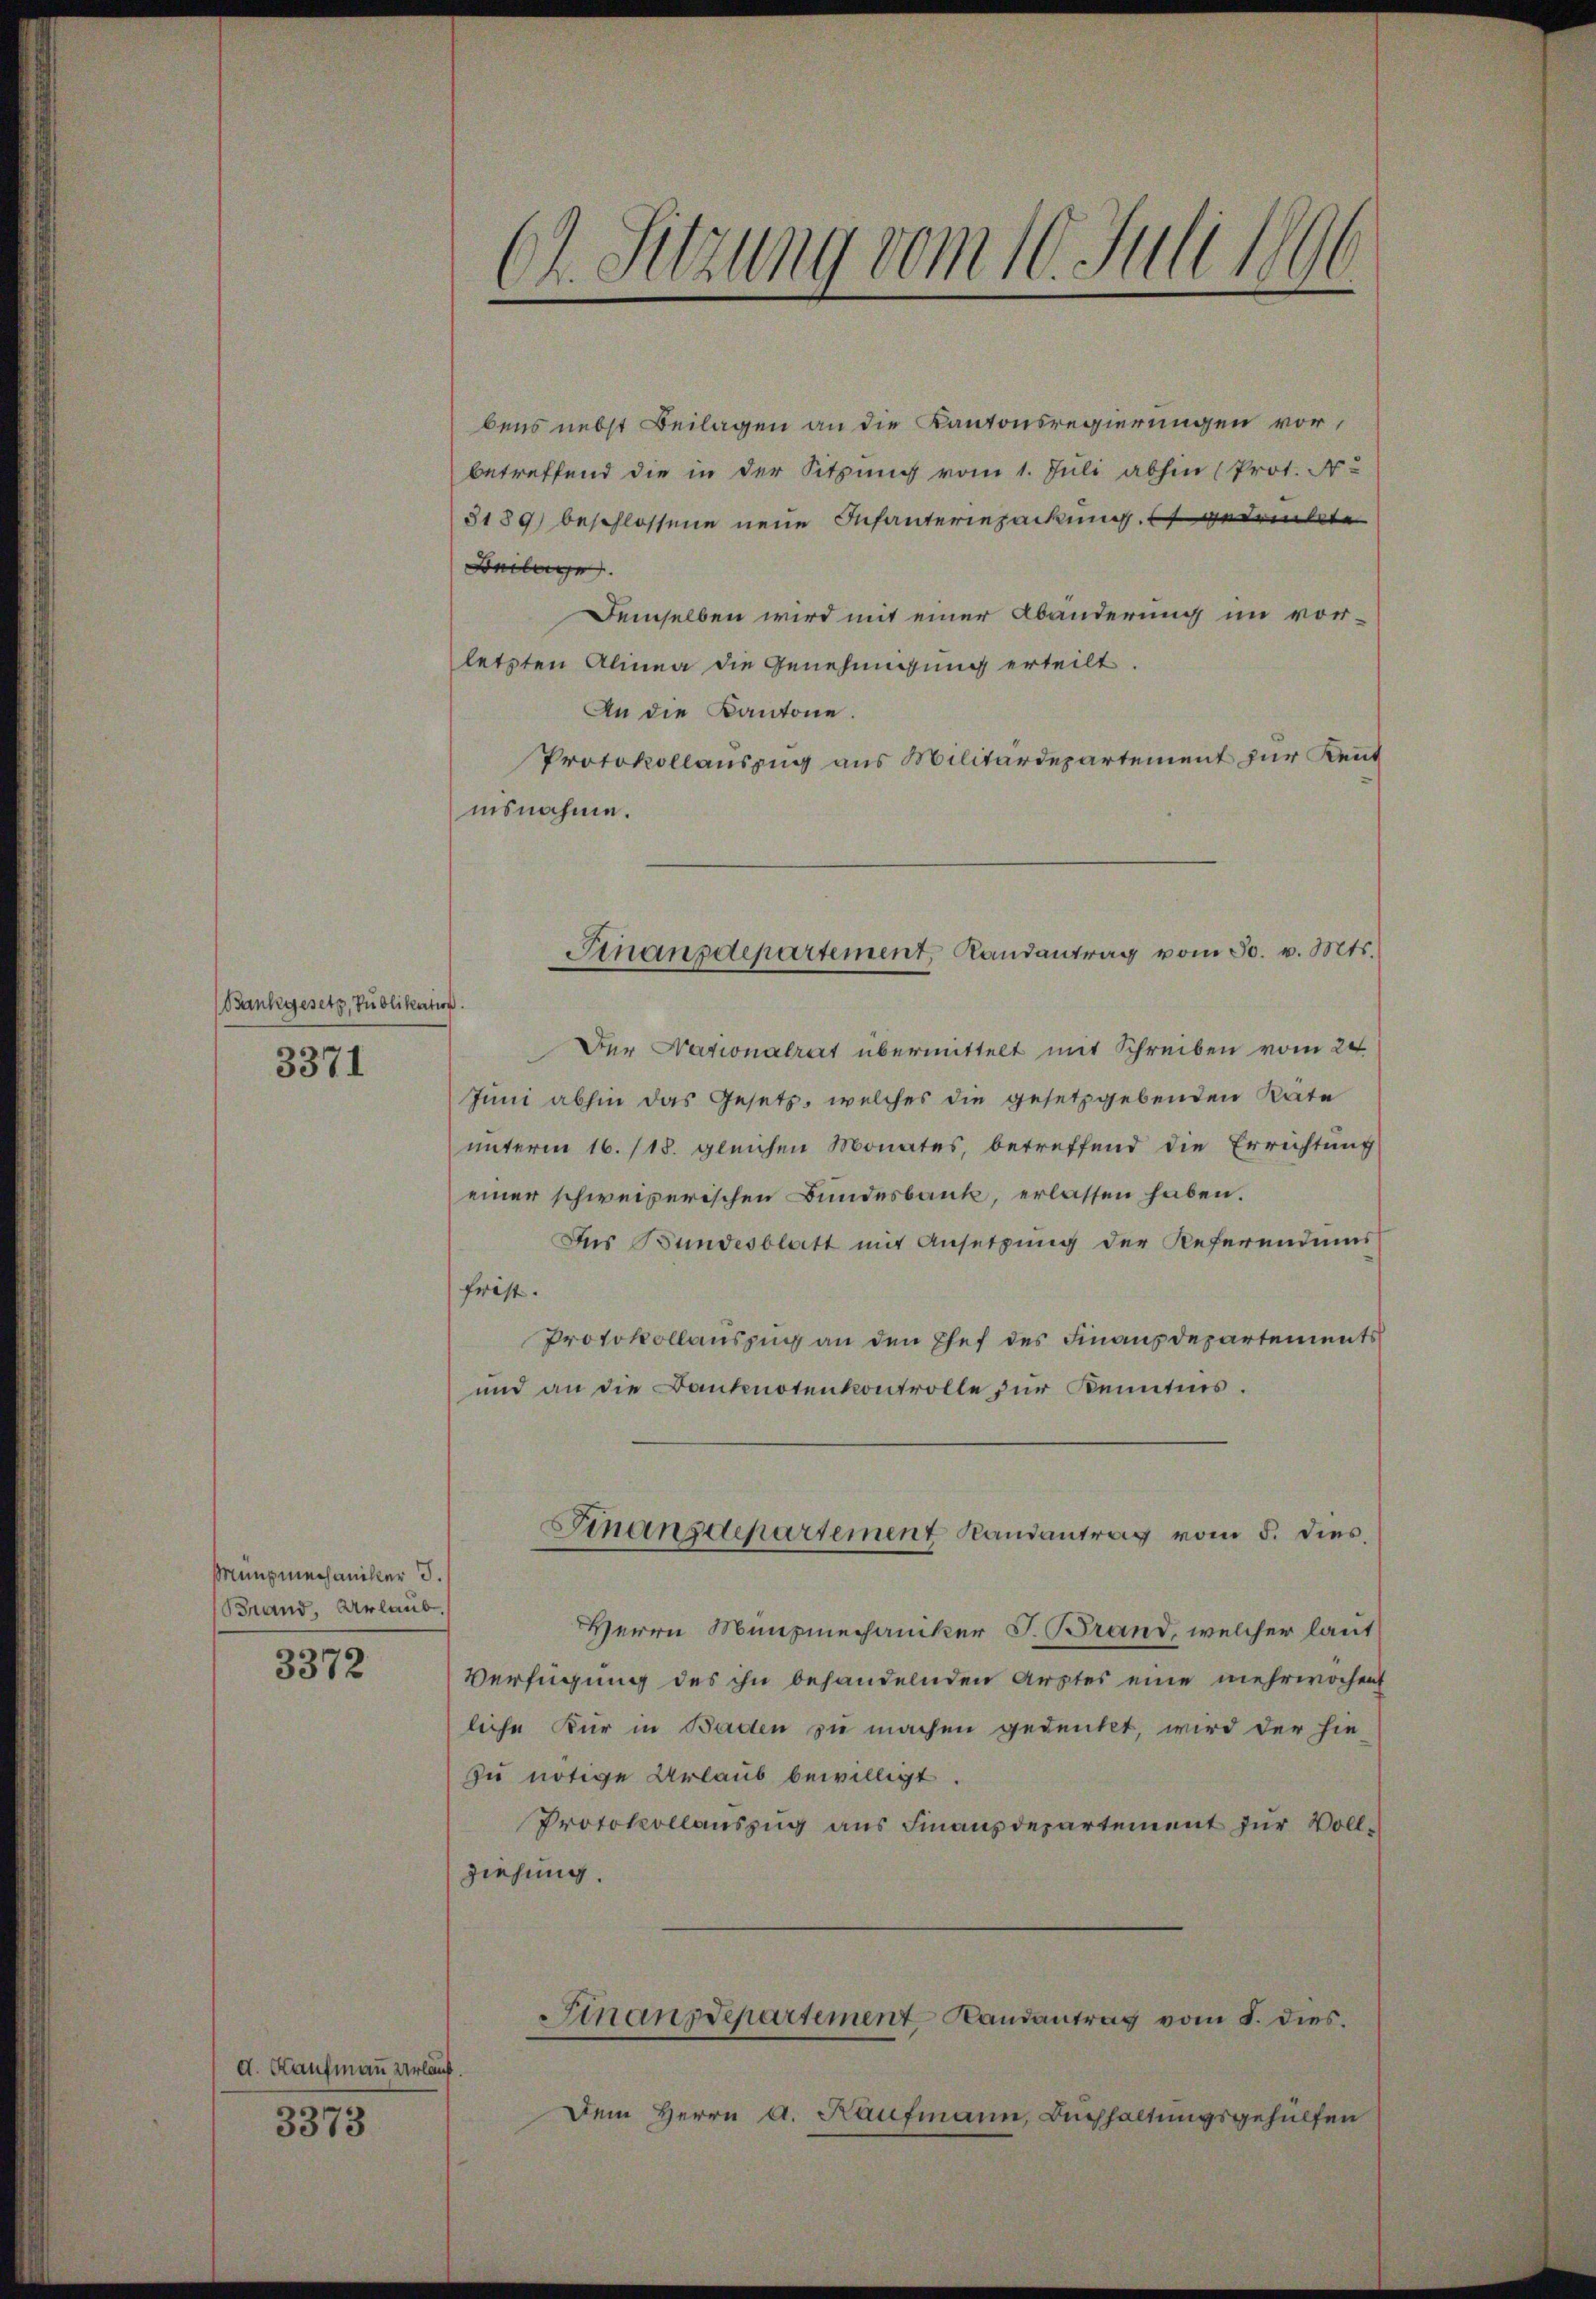
Bankgesetz, Publikati
3371

Münsmechaniker 3.
Brand, Urlaub.

3372

d. Kaufmann verlauf.

3373

Ch. Sitzung vom 10. Juli 1890

bens nebst Beilagen an die Kantonsregierungen vor,
betreffend die in der Sitzung vom 1. Juli abhin (Prot. N
3189) beschlossene neue Infanteriepackung. Es gedruckte
Beilage
Demselben wird mit einer Abänderung im vorletzten Alinea die Genehmigung erteilt.
An die Kantone.
Protokollauszug aus Militärdepartement zur Kent
nisnahme.
.
Der Nationalrat übermittelt mit Schreiben vom 20
Juni abhin das Gesetz, welches die gesetzgebenden Räte
unterm 16. 118. gleichen Monates, betreffend die Errichtung
einer schweizerischen Bundesbank, erlassen haben.
Ins Bundesblatt mit Ansetzung der Referendums
frist.
Protokollauszug an den Ehef des Finanzdepartements
und an die Banknotenkontrolle zŭr Kenntnis.
Finanzdepartement Randantrag vom 5. dies,
Herrn Münzmechaniker J. Brand, welcher laut
Verfügung des ihn behandelnden Arztes eine mehrwochent
liche Kur in Baden zu machen gedenkt, wird der hie-
zu nötige Urlaub bewilligt.
Protokollaŭszŭg aŭs Finanzdepartement für Voll-
ziehung.
Finanzdepartement Landantrag vom 8. dies.
Dem Herrn A. Kaufmann, Buchhaltungsgehülfen

Finanzdepartement, Randantrag vom 30. v. Mts.